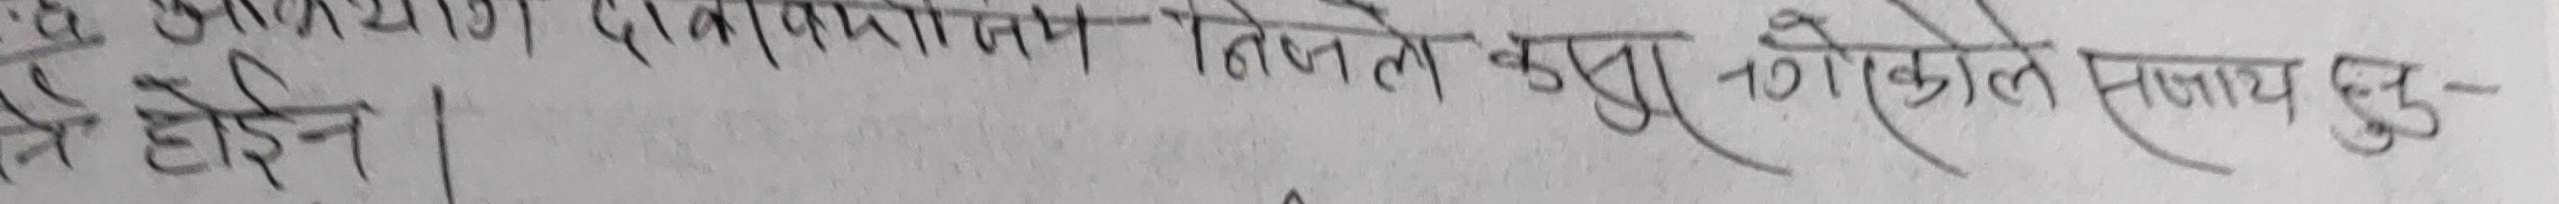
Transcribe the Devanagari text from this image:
तिनले कसुर तोकिएको सजाय हुन्छ-